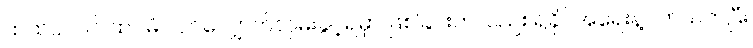
ထဲထဲဝင်ဝင် ထပ်မံပါဝင်လျှောက်လှမ်းခွင့်ရမှာ ဖြစ်ခြင်းကလည်း ရခိုင်အရေးနဲ့ပတ်သက်ပြီး